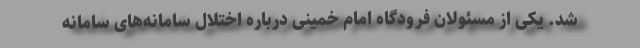
شد. یکی از مسئولان فرودگاه امام خمینی درباره اختلال سامانه‌های سامانه